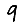
Digit: 9